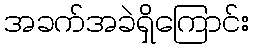
အခက်အခဲရှိကြောင်း